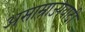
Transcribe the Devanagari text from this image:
असाम्राज्यवादी